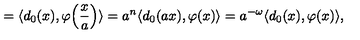
= \langle d _ { 0 } ( x ) , \varphi \Bigl ( \frac { x } { a } \Bigr ) \rangle = a ^ { n } \langle d _ { 0 } ( a x ) , \varphi ( x ) \rangle = a ^ { - \omega } \langle d _ { 0 } ( x ) , \varphi ( x ) \rangle ,